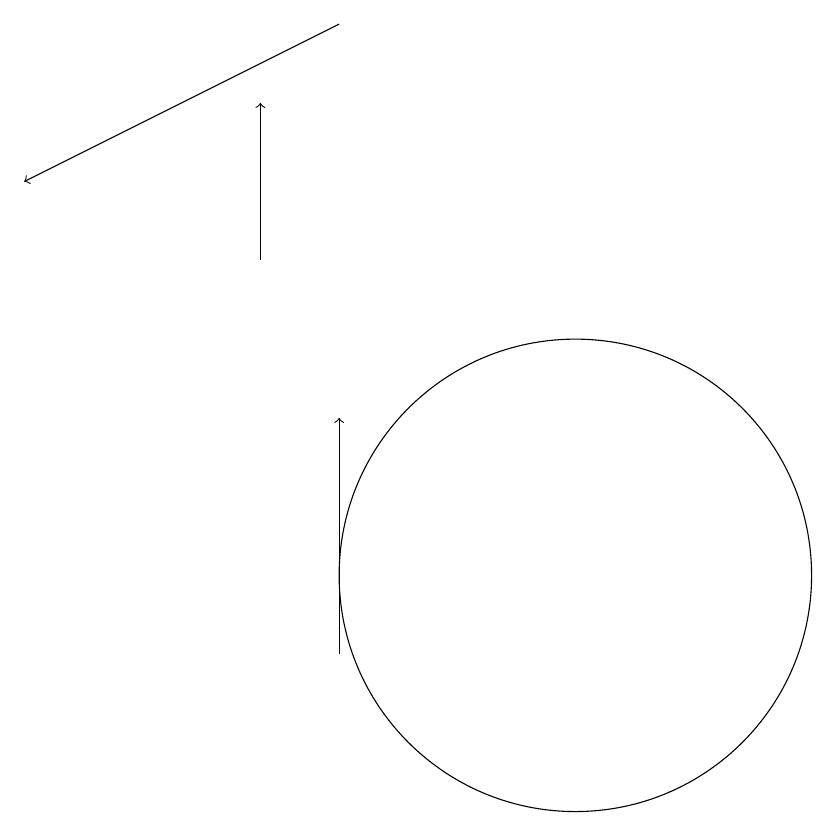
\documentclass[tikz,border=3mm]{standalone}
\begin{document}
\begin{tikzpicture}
\draw (11,12) circle (3);
\draw[->] (8,11) -- (8,14);
\draw[->] (7,16) -- (7,18);
\draw[->] (8,19) -- (4,17);
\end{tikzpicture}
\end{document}